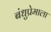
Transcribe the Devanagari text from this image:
बंधुप्रेमाला